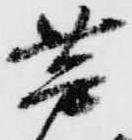
芦